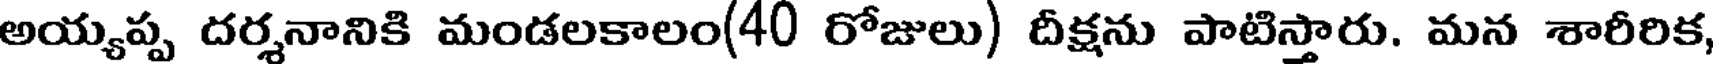
అయ్యప్ప దర్శనానికి మండలకాలం(40 రోజులు) దీక్షను పాటిస్తారు. మన శారీరిక